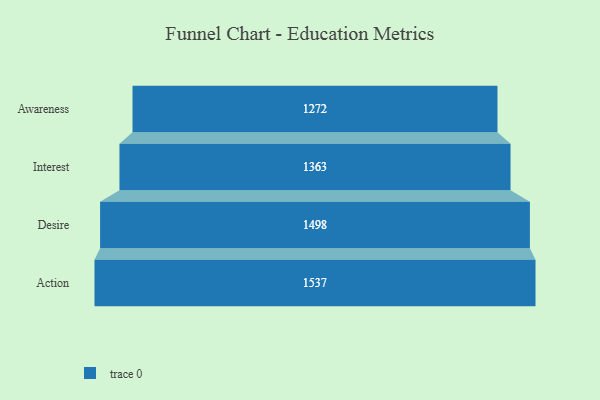
{"axis": {"x": "Stage", "y": "Value"}, "legend": [""], "data": [{"x": "Awareness", "y": 1272.0, "type": ""}, {"x": "Interest", "y": 1363.0, "type": ""}, {"x": "Desire", "y": 1498.0, "type": ""}, {"x": "Action", "y": 1537.0, "type": ""}]}